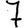
Digit: 7